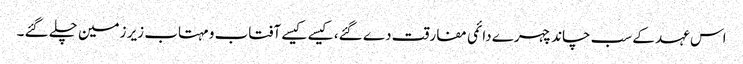
اس عہد کے سب چاند چہرے دائمی مفارقت دے گئے، کیسے کیسے آفتاب و مہتاب زیر زمین چلے گئے ۔